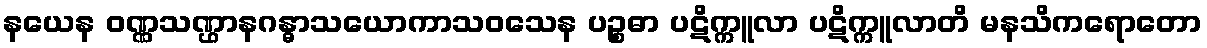
နယေန ဝဏ္ဏသဏ္ဌာနဂန္ဓာသယောကာသဝသေန ပဉ္စဓာ ပဋိက္ကူလာ ပဋိက္ကူလာတိ မနသိကရောတော